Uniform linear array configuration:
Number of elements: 8
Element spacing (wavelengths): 1
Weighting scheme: blackman
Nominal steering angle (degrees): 60
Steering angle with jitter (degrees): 61.861
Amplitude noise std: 0.05
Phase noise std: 0.05

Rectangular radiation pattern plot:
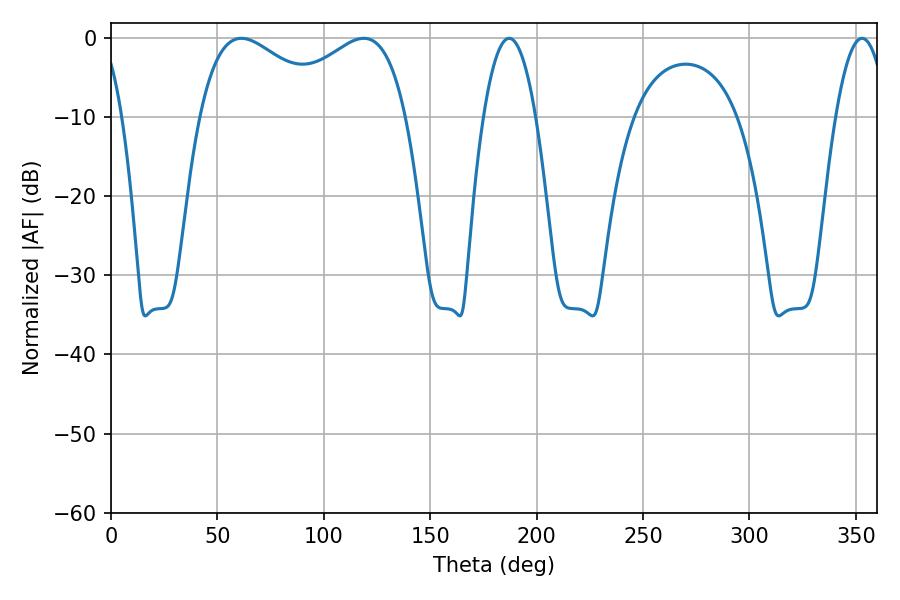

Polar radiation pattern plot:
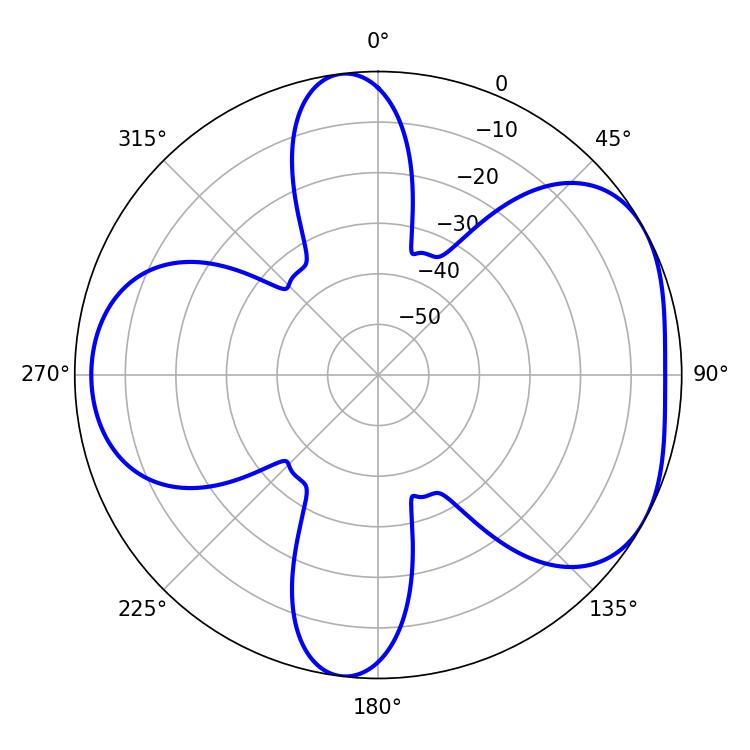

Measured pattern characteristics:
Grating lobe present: TRUE
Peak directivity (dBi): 4.814
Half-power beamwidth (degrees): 34.92
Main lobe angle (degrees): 61.2